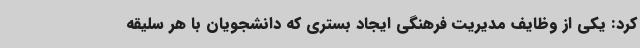
کرد: یکی از وظایف مدیریت فرهنگی ایجاد بستری که دانشجویان با هر سلیقه